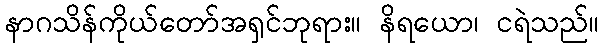
နာဂသိန်ကိုယ်တော်အရှင်ဘုရား။ နိရယော၊ ငရဲသည်။